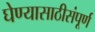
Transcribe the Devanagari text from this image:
घेण्यासाठीसंपूर्ण